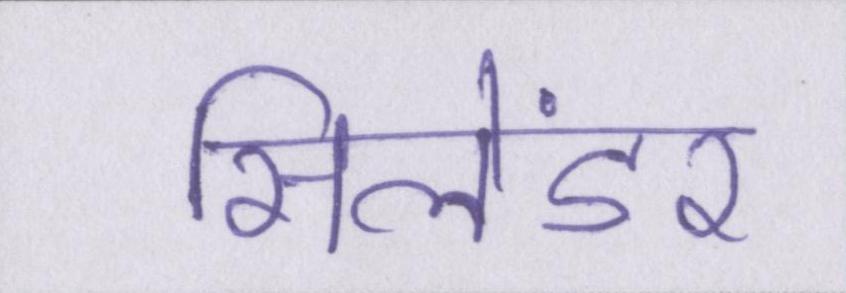
सिलेंडर